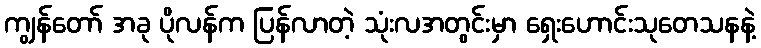
ကျွန်တော် အခု ပိုလန်က ပြန်လာတဲ့ သုံးလအတွင်းမှာ ရှေးဟောင်းသုတေသနနဲ့